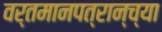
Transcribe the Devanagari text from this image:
वर्तमानपत्रान्च्या